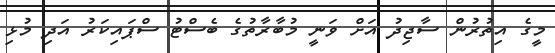
މީގެ އިތުރުން ސާޖިދު އަށް ވަނީ މުބާރާތުގެ ބެސްޓު ސްޕައިކަރު އަދި މުޅި